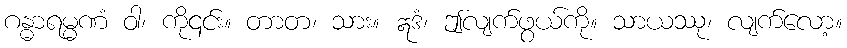
ဂန္ဓာရမ္မဏံ ဝါ၊ ကို၎င်း။ တာတ၊ သား။ ဣဒံ၊ ဤလျက်ဖွယ်ကို။ သာယဿု၊ လျက်လော့။